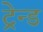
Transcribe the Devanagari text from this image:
ट्रेन्ड